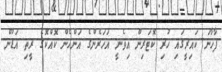
ފާޚާނަ ކައިރީގައި ހުރި ކޮޓަރިން އިވެނީ އަހަރެންގެ އަންހެން ކޮއްކޮގެ ރީތި އަޑުން